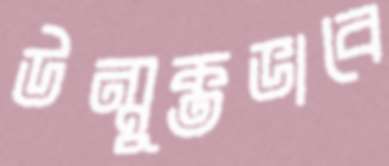
উন্মুক্তভাবে